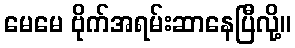
မေမေ ဗိုက်အရမ်းဆာနေပြီလို့။